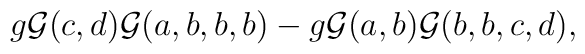
g{\cal G}(c,d){\cal G}(a,b,b,b)-g{\cal G}(a,b){\cal G}(b,b,c,d),